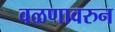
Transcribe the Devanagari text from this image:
वळणावरुन